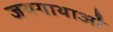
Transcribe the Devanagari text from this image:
जयगाथाओं